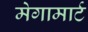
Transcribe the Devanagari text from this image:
मेगामार्ट